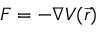
F = - \nabla V ( { \vec { r } } )